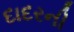
દાદરની